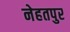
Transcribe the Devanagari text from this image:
नेहतपुर